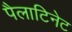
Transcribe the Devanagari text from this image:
पैलाटिनेट